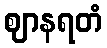
ဈာနရတံ